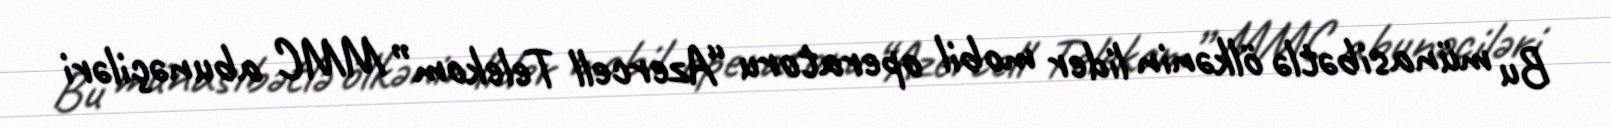
Bu münasibətlə ölkənin lider mobil operatoru “Azercell Telekom” MMC abunəçiləri